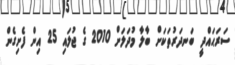
ސަރަޙައްދީ ބަނދަރުތަކަށް ބާލާ މުދަލަށް 2010 ގެ ޖުލައި 25 އިން ފެށިގެން